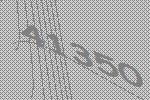
41350